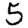
Digit: 5